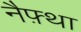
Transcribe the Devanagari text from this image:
नैफ़्था